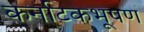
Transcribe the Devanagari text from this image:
कर्नाटकभूषण